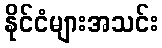
နိုင်ငံများအသင်း